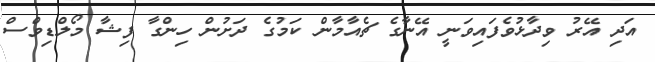
އަދި އޭރު ވިދާޅުވެފައިވަނީ އޭނާގެ ޗެއާމާން ކަމުގެ ދަށުން ހިންގާ ފިޝާ މޯލްޑިވްސް